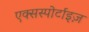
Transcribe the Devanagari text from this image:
एक्सस्पोर्टाइज़